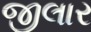
જીલાર